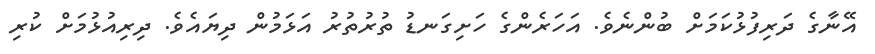
އޭނާގެ ދަރިފުޅުކަމަށް ބުންނެވެ. އަހަރެންގެ ހަށިގަނޑު ތުރުތުރު އަޅަމުން ދިޔައެވެ. ދިރިއުޅުމަށް ކުރި